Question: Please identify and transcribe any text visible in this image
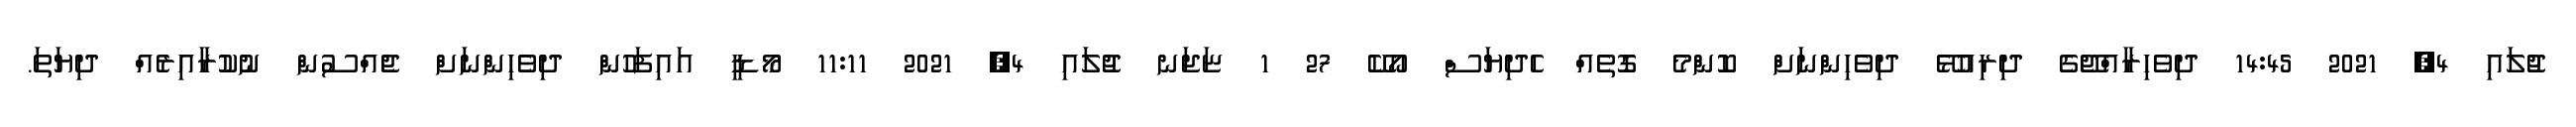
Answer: ޖުލައި 4, 2021 14:45 ދިވެހިރާއްޖޭގެ ދިރިއުޅޭ ދިވެހިންނަށް ކޮންމެ ގޮތެއް ހެދިޔަސް އޯކޭ 27 1 ޏަޖަނ ޖުލައި 4, 2021 11:11 މޯޑީ އައިފަހުން ދިވެހިންނަށް ޖެއްސުން ނުކުރާއިރެއް ދިޔަތަ.